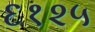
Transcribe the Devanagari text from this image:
६१२५